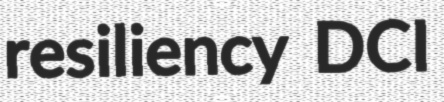
resiliency DCI